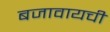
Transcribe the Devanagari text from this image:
बजावायची